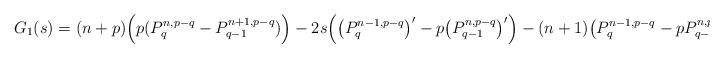
LaTeX: \begin{align*}G_1(s)&=(n+p)\Big(p(P_q^{n,p-q}-P_{q-1}^{n+1,p-q})\Big)-2s\Big(\big(P_q^{n-1,p-q}\big)'-p\big(P_{q-1}^{n,p-q}\big)'\Big)-(n+1)\big(P_q^{n-1,p-q}-pP_{q-1}^{n,p-q}\big),\end{align*}